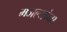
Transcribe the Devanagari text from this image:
मजल्यांना